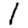
Digit: 1